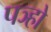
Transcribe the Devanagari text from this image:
पञ्हो